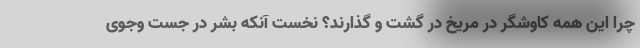
چرا این همه کاوشگر در مریخ در گشت و گذارند؟ نخست آنکه بشر در جست وجوی